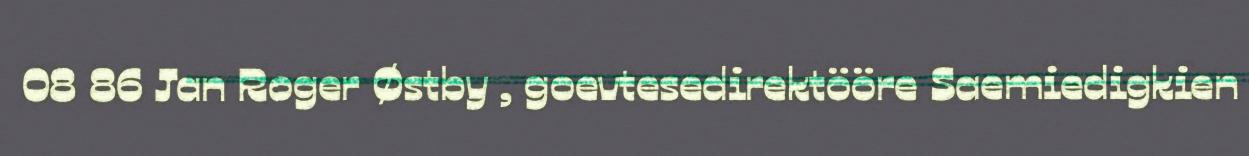
08 86 Jan Roger Østby , goevtesedirektööre Saemiedigkien